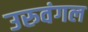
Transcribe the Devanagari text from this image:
उरुवंगल